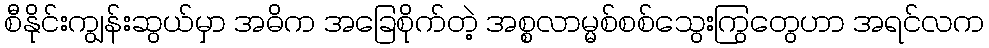
စီနိုင်းကျွန်းဆွယ်မှာ အဓိက အခြေစိုက်တဲ့ အစ္စလာမ္မစ်စစ်သွေးကြွတွေဟာ အရင်လက